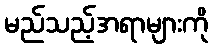
မည်သည့်အရာများကို